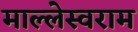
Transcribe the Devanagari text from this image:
माल्लेस्वराम